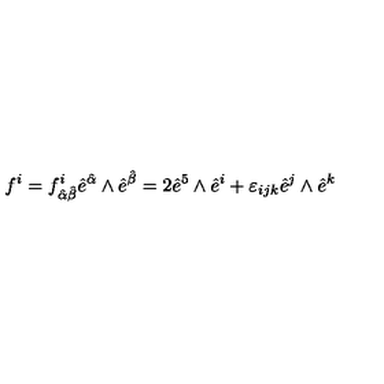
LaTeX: f ^ { i } = f _ { { \hat { \alpha } } { \hat { \beta } } } ^ { i } { \hat { e } } ^ { \hat { \alpha } } \wedge { \hat { e } } ^ { \hat { \beta } } = 2 { \hat { e } } ^ { 5 } \wedge { \hat { e } } ^ { i } + \varepsilon _ { i j k } { \hat { e } } ^ { j } \wedge { \hat { e } } ^ { k }